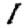
Digit: 1